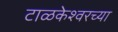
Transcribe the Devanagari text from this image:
टाळकेश्वरच्या